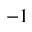
^ { - 1 }